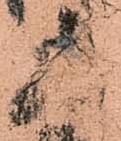
五